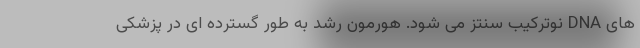
های DNA نوترکیب سنتز می شود. هورمون رشد به طور گسترده ای در پزشکی